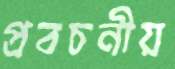
প্রবচনীয়